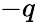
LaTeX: -q